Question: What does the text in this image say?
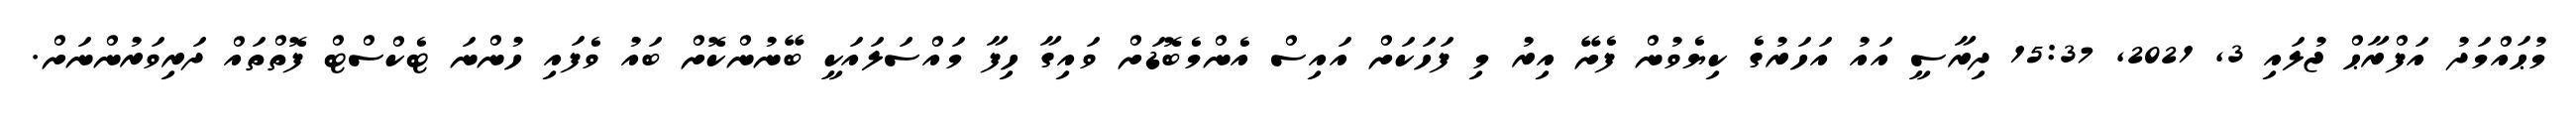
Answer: މުޙައްމަދު އަފްރާޙް ޖުލައި 3, 2021, 15:37 ދިރާސީ އައު އަހަރުގެ ކިޔެވުން ފެށޭ އިރު މި ފަހަކަށް އައިސް އެންމެބޮޑަށް ވައިގާ ހިފާ މައްސަލައަކީ ބޭނުންކޮށް ބައު ވެފައި ހުންނަ ޓެކްސްޓް ފޮތްތައް ދަރިވަރުންނަށް.